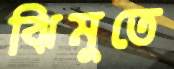
ঝিমুতে